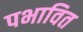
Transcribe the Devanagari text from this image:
पभावित